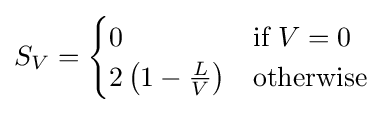
S_{V}={\begin{cases}0&{\text{if }}V=0\\2\left(1-{\frac {L}{V}}\right)&{\text{otherwise}}\\\end{cases}}